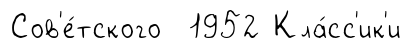
Сов'е́тского 1952 Кла́сс'ик'и